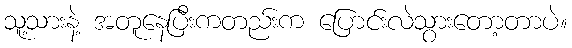
သူ့သားနဲ့ အတူနေပြီးကတည်းက ပြောင်းလဲသွားတော့တာပဲ။